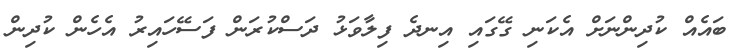
ބައެއް ކުދިންނަށް އެކަނި ގޭގައި އިނދެ ފިލާވަޅު ދަސްކުރަން ފަސޭހައިރު އެހެން ކުދިން